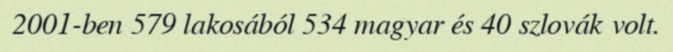
2001-ben 579 lakosából 534 magyar és 40 szlovák volt.